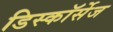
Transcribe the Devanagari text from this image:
डिस्कॉर्सेज